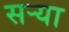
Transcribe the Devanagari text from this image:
सर्‍या